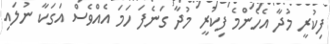
ފިކުރީ މުދާ އެހެންމެ ފިކުރީ މުދާ ގަނެފަ ހަމަ އެއްވެސް އަގަކާ ނުލައި